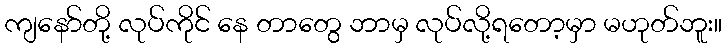
ကျနော်တို့ လုပ်ကိုင် နေ တာတွေ ဘာမှ လုပ်လို့ရတော့မှာ မဟုတ်ဘူး။